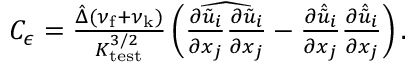
\begin{array} { r } { C _ { \epsilon } = \frac { \hat { \Delta } ( \nu _ { \mathrm { f } } + \nu _ { \mathrm { k } } ) } { K _ { \mathrm { t e s t } } ^ { 3 / 2 } } \left( \widehat { \frac { \partial \tilde { u } _ { i } } { \partial x _ { j } } \frac { \partial \tilde { u } _ { i } } { \partial x _ { j } } } - \frac { \partial \hat { \tilde { u } } _ { i } } { \partial x _ { j } } \frac { \partial \hat { \tilde { u } } _ { i } } { \partial x _ { j } } \right) . } \end{array}